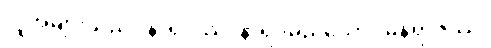
လူအများသည်။ နာရဒဿ၊ နာရဒမည်သော။ မုနိရာဇဿ၊